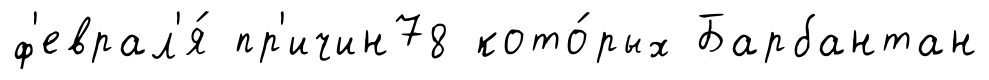
ф'еврал'я́ пр'ичин78 кото́рых Барбантан